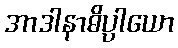
အာဒါနာဓိပ္ပါယော